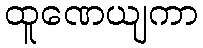
ထူဏေယျကာ